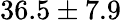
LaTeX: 36.5\pm 7.9